Vaccination in Bombay 1889-1901 - 1889-1901
Year: 1889
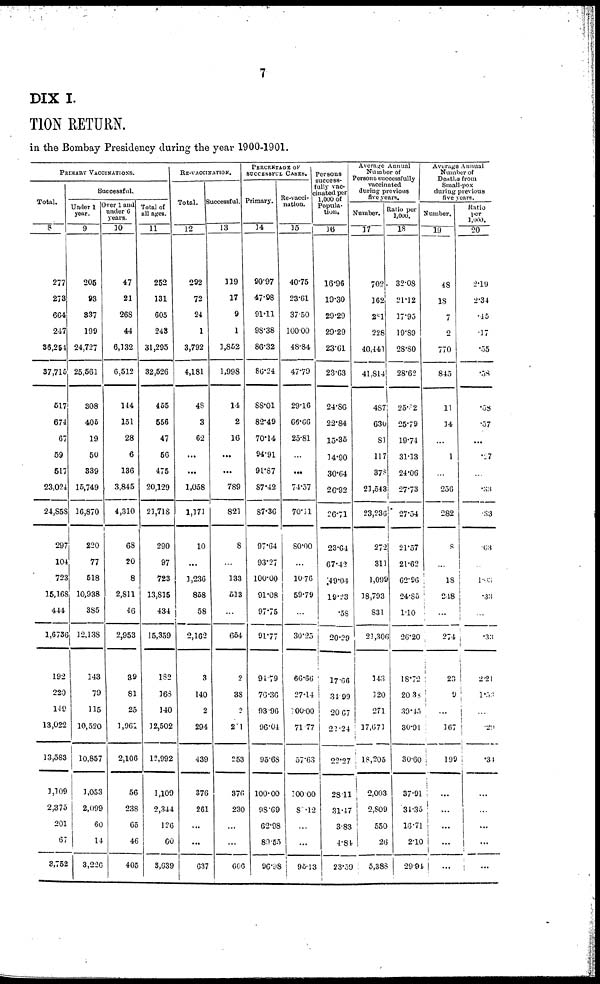
7
DIX I.
TION RETURN.
in the Bombay Presidency during the year 1900-1901.
PRIMARY VACCINATIONS.
Total.
8
277
273
664
247
36,254
37,715
517
674
67
59
517
23,024
24,858
297
104
723
15,168
444
1,6736
192
220
149
13,022
13,583
1,109
2,375
201
67
3,752
Successful.
Under 1
year.
9
205
93
337
199
24,727
25,561
308
405
19
50
339
15,749
16,870
220
77
518
10,938
385
12,138
143
79
115
10,520
10,857
1,053
2,099
60
14
3,226
Over 1 and
under 6
years.
10
47
21
268
44
6,132
6,512
144
151
28
6
136
3,845
4,310
68
20
8
2,811
46
2,953
39
81
25
3,961
2,106
56
238
65
46
405
Total of
all ages.
11
252
331
605
243
31,295
32,526
455
556
47
56
475
20,129
21,718
290
97
723
13,S15
434
15,359
182
168
140
12,502
12,992
1,109
2,344
126
60
3,639
RE-VACCINATION.
Total.
12
292
72
24
1
3,792
4,181
48
3
62
...
...
1,058
1,171
10
...
3,236
858
58
2,162
3
140
2
294
439
376
261
...
...
637
Successful.
13
119
17
9
1
3,852
1,998
14
2
16
...
...
789
821
8
...
333
513
...
654
2
38
2
21
253
376
230
...
...
606
PERCENTAGE OF
SUCCESSFUL CASES.
Primary.
14
90.97
47.98
91.11
98.38
86.32
86.24
88.01
82.49
70.14
94.91
91.87
87.42
87.36
97.64
93.27
100.00
91.08
97.75
91.77
94.79
76.36
93.96
96.04
95.68
100.00
98.69
62.98
80.55
96.98
Re-vacci¬
nation.
15
40.75
23.61
37.50
100.00
48.84
47.79
29.16
66.66
25.81
...
...
74.57
70.11
80.00
...
10.76
59.79
...
30.25
66.66
27.14
100.00
71.77
57.63
100.00
80.12
...
...
95.13
Persons
success-
fully vac-
cinated per
1,000 of
Popula-
tion.
16
16.96
10.30
29.29
29.29
23.61
23.63
24.86
22.84
15.35
14.90
30.64
26.92
26.71
23.64
67.42
49.04
19.23
.58
20.29
17.66
34.99
20.67
22.24
22.27
28.11
31.47
3.83
4.84
23.59
Average Annual
Number of
Persons successfully
vaccinated
during previous
five years.
Number.
17
702
162
281
228
40,441
41,814
487
630
81
117
378
23,543
23,236
272
311
1,099
18,793
831
23,306
143
120
271
17,671
18,205
2,003
2,809
550
26
5,383
Ratio per
1,000
18
32.08
21.12
17.95
19.89
28.80
28.62
25.82
25.79
19.74
31.13
24.06
27.73
27.54
21.57
21.62
62.96
24.85
1.10
26.20
18.72
20.38
39.45
30.91
30.60
37.91
34.35
16.71
2.10
29.94
Average Annual
Number of
Deaths from
Small-pox
during previous
five years.
Number.
19
48
18
7
2
770
845
11
34
...
1
...
256
282
8
...
18
248
...
274
23
9
...
167
199
...
...
...
...
...
Ratio
per
1,000.
20
2.19
2.34
.45
.17
.55
.58
.58
.57
...
.27
...
.33
.33
. 63
...
1.03
. 3 3
...
.33
2.21
1.53
...
.29
.34
...
...
...
...
...